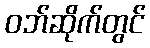
ဝဘ်ဆိုက်တွင်